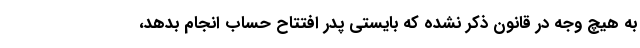
به هیچ وجه در قانون ذکر نشده که بایستی پدر افتتاح حساب انجام بدهد،